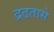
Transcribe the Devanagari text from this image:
द्रढतासे